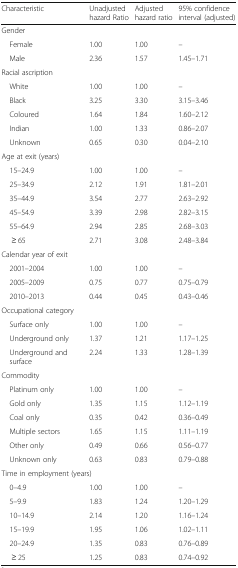
<table><thead><tr><td><b>Characteristic</b></td><td><b>Unadjusted hazard Ratio</b></td><td><b>Adjusted hazard ratio</b></td><td><b>95% confidence interval (adjusted)</b></td></tr></thead><tbody><tr><td colspan="4">Gender</td></tr><tr><td> Female</td><td>1.00</td><td>1.00</td><td>–</td></tr><tr><td> Male</td><td>2.36</td><td>1.57</td><td>1.45–1.71</td></tr><tr><td colspan="4">Racial ascription</td></tr><tr><td> White</td><td>1.00</td><td>1.00</td><td>–</td></tr><tr><td> Black</td><td>3.25</td><td>3.30</td><td>3.15–3.46</td></tr><tr><td> Coloured</td><td>1.64</td><td>1.84</td><td>1.60–2.12</td></tr><tr><td> Indian</td><td>1.00</td><td>1.33</td><td>0.86–2.07</td></tr><tr><td> Unknown</td><td>0.65</td><td>0.30</td><td>0.04–2.10</td></tr><tr><td colspan="4">Age at exit (years)</td></tr><tr><td> 15–24.9</td><td>1.00</td><td>1.00</td><td>–</td></tr><tr><td> 25–34.9</td><td>2.12</td><td>1.91</td><td>1.81–2.01</td></tr><tr><td> 35–44.9</td><td>3.54</td><td>2.77</td><td>2.63–2.92</td></tr><tr><td> 45–54.9</td><td>3.39</td><td>2.98</td><td>2.82–3.15</td></tr><tr><td> 55–64.9</td><td>2.94</td><td>2.85</td><td>2.68–3.03</td></tr><tr><td>≥ 65</td><td>2.71</td><td>3.08</td><td>2.48–3.84</td></tr><tr><td colspan="4">Calendar year of exit</td></tr><tr><td> 2001–2004</td><td>1.00</td><td>1.00</td><td>–</td></tr><tr><td> 2005–2009</td><td>0.75</td><td>0.77</td><td>0.75–0.79</td></tr><tr><td> 2010–2013</td><td>0.44</td><td>0.45</td><td>0.43–0.46</td></tr><tr><td colspan="4">Occupational category</td></tr><tr><td> Surface only</td><td>1.00</td><td>1.00</td><td>–</td></tr><tr><td> Underground only</td><td>1.37</td><td>1.21</td><td>1.17–1.25</td></tr><tr><td> Underground and surface</td><td>2.24</td><td>1.33</td><td>1.28–1.39</td></tr><tr><td colspan="4">Commodity</td></tr><tr><td> Platinum only</td><td>1.00</td><td>1.00</td><td>–</td></tr><tr><td> Gold only</td><td>1.35</td><td>1.15</td><td>1.12–1.19</td></tr><tr><td> Coal only</td><td>0.35</td><td>0.42</td><td>0.36–0.49</td></tr><tr><td> Multiple sectors</td><td>1.65</td><td>1.15</td><td>1.11–1.19</td></tr><tr><td> Other only</td><td>0.49</td><td>0.66</td><td>0.56–0.77</td></tr><tr><td> Unknown only</td><td>0.63</td><td>0.83</td><td>0.79–0.88</td></tr><tr><td colspan="4">Time in employment (years)</td></tr><tr><td> 0–4.9</td><td>1.00</td><td>1.00</td><td>–</td></tr><tr><td> 5–9.9</td><td>1.83</td><td>1.24</td><td>1.20–1.29</td></tr><tr><td> 10–14.9</td><td>2.14</td><td>1.20</td><td>1.16–1.24</td></tr><tr><td> 15–19.9</td><td>1.95</td><td>1.06</td><td>1.02–1.11</td></tr><tr><td> 20–24.9</td><td>1.35</td><td>0.83</td><td>0.76–0.89</td></tr><tr><td>≥ 25</td><td>1.25</td><td>0.83</td><td>0.74–0.92</td></tr></tbody></table>